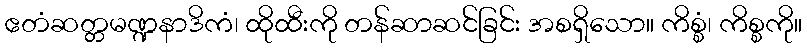
ဧတံဆတ္တမဏ္ဍနာဒိကံ၊ ထိုထီးကို တန်ဆာဆင်ခြင်း အစရှိသော။ ကိစ္စံ၊ ကိစ္စကို။